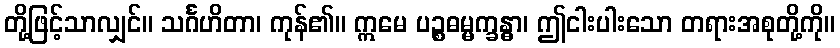
တို့ဖြင့်သာလျှင်။ သင်္ဂဟိတာ၊ ကုန်၏။ ဣမေ ပဉ္စဓမ္မက္ခန္ဓာ၊ ဤငါးပါးသော တရားအစုတို့ကို။